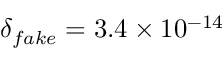
\delta _ { f a k e } = 3 . 4 \times 1 0 ^ { - 1 4 }